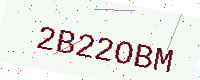
Text: 2B22OBM